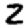
Digit: 2